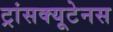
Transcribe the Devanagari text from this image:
ट्रांसक्यूटेनस